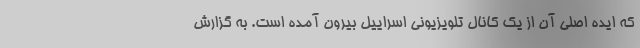
که ایده اصلی آن از یک کانال تلویزیونی اسراییل بیرون آمده است. به گزارش